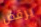
يرقص